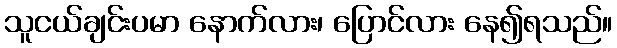
သူငယ်ချင်းပမာ နောက်လား၊ ပြောင်လား နေ၍ရသည်။